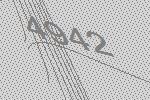
4942